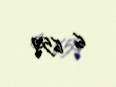
6 659